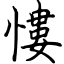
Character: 慺